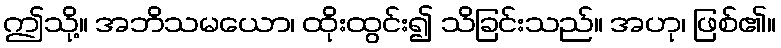
ဤသို့။ အဘိသမယော၊ ထိုးထွင်း၍ သိခြင်းသည်။ အဟု၊ ဖြစ်၏။